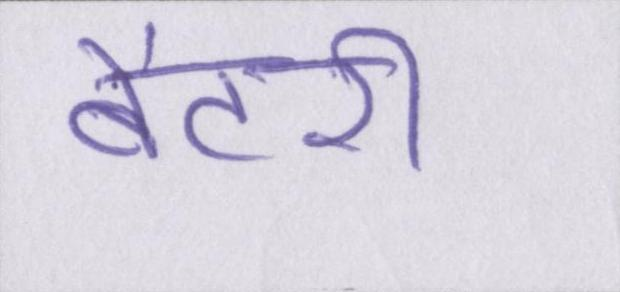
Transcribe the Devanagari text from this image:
बैटरी